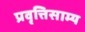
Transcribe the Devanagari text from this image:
प्रवृत्तिसाम्य